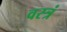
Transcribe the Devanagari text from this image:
वस्त्रं